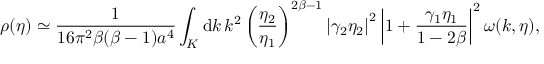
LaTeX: \rho ( \eta ) \simeq \frac { 1 } { 1 6 \pi ^ { 2 } \beta ( \beta - 1 ) a ^ { 4 } } \int _ { \cal K } \mathrm { d } k \, k ^ { 2 } \left( \frac { \eta _ { 2 } } { \eta _ { 1 } } \right) ^ { 2 \beta - 1 } \left| \gamma _ { 2 } \eta _ { 2 } \right| ^ { 2 } \left| 1 + \frac { \gamma _ { 1 } \eta _ { 1 } } { 1 - 2 \beta } \right| ^ { 2 } \omega ( k , \eta ) ,